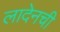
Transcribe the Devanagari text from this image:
लादेनची